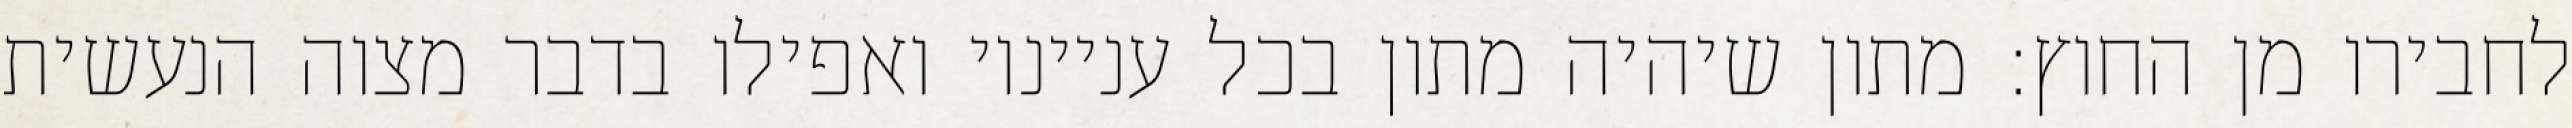
לחבירו מן החוץ: מתון שיהיה מתון בכל ענייניו ואפילו בדבר מצוה הנעשית